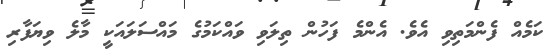
ކަމެއް ފެންމަތިވި އެވެ. އެންމެ ފަހުން ތިލަވި ވައްކަމުގެ މައްސަލައަކީ މާލެ ވިޔަފާރި